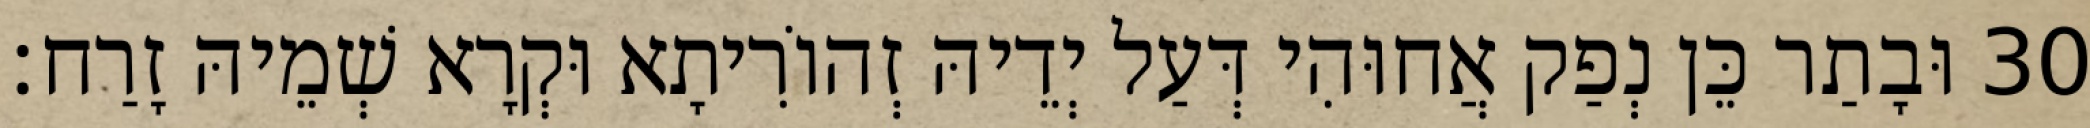
30 וּבָתַר כֵּן נְפַק אֲחוּהִי דְּעַל יְדֵיהּ זְהוֹרִיתָא וּקְרָא שְׁמֵיהּ זָרַח׃